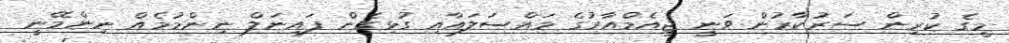
މީގެ ކުރިން ސަރުކާރުން ވަނީ ޖީއެމްއާރުގެ މައްސަލައާއި ގުޅިގެން ފައިނަލް ނިންމުމެއް ނިންމޭނީ